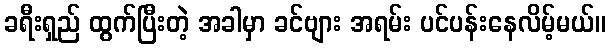
ခရီးရှည် ထွက်ပြီးတဲ့ အခါမှာ ခင်ဗျား အရမ်း ပင်ပန်းနေလိမ့်မယ်။